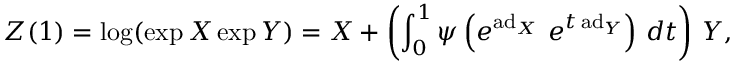
Z ( 1 ) = \log ( \exp X \exp Y ) = X + \left( \int _ { 0 } ^ { 1 } \psi \left( e ^ { \operatorname { a d } _ { X } } ~ e ^ { t \, { \mathrm { a d } } _ { Y } } \right) \, d t \right) \, Y ,